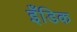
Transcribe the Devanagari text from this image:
इँडिक